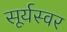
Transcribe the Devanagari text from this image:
सूर्यस्वर